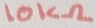
Text: 10KΩ